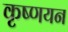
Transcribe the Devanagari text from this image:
कृष्णयन